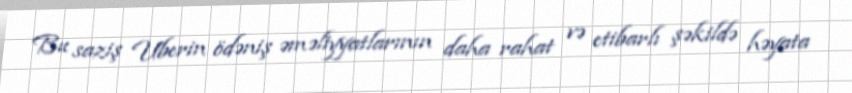
Bu saziş Uberin ödəniş əməliyyatlarının daha rahat və etibarlı şəkildə həyata